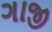
ગાજી